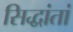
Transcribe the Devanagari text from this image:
सिद्धांतां